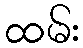
ထမ်း